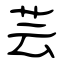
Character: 芸